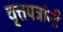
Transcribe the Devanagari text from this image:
वृ्त्तपत्रांनी